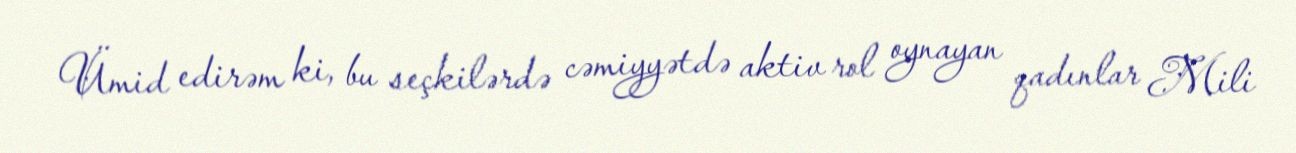
Ümid edirəm ki, bu seçkilərdə cəmiyyətdə aktiv rol oynayan qadınlar Mili